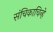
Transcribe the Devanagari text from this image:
संचिकाचिन्हे